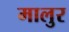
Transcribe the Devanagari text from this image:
मालुर